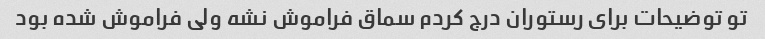
تو توضیحات برای رستوران درج کردم سماق فراموش نشه ولی فراموش شده بود